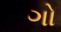
ગો